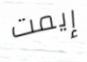
إيمت